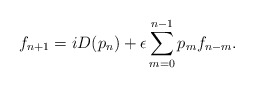
\begin{align*}f_{n+1} = iD(p_n) + \epsilon \sum_{m=0}^{n-1} p_m f_{n-m}. \end{align*}